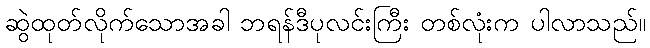
ဆွဲထုတ်လိုက်သောအခါ ဘရန်ဒီပုလင်းကြီး တစ်လုံးက ပါလာသည်။